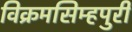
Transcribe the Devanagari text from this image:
विक्रमसिम्‍हपुरी